Statistics compiled by the Government of India from the reports of provincial Civil Veterinary Departments
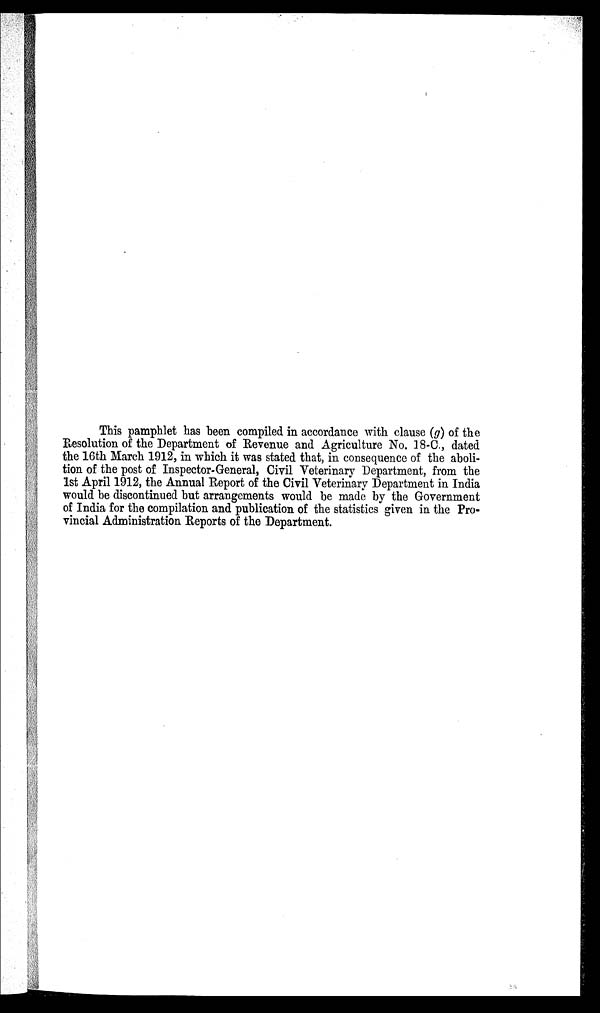
This pamphlet has been compiled in accordance with clause (g) of the
Resolution of the Department of Revenue and Agriculture No. 18-C., dated
the 16th March 1912, in which it was stated that, in consequence of the aboli-
tion of the post of Inspector-General, Civil Veterinary Department, from the
1st April 1912, the Annual Report of the Civil Veterinary Department in India
would be discontinued but arrangements would be made by the Government
of India for the compilation and publication of the statistics given in the Pro-
vincial Administration Reports of the Department.